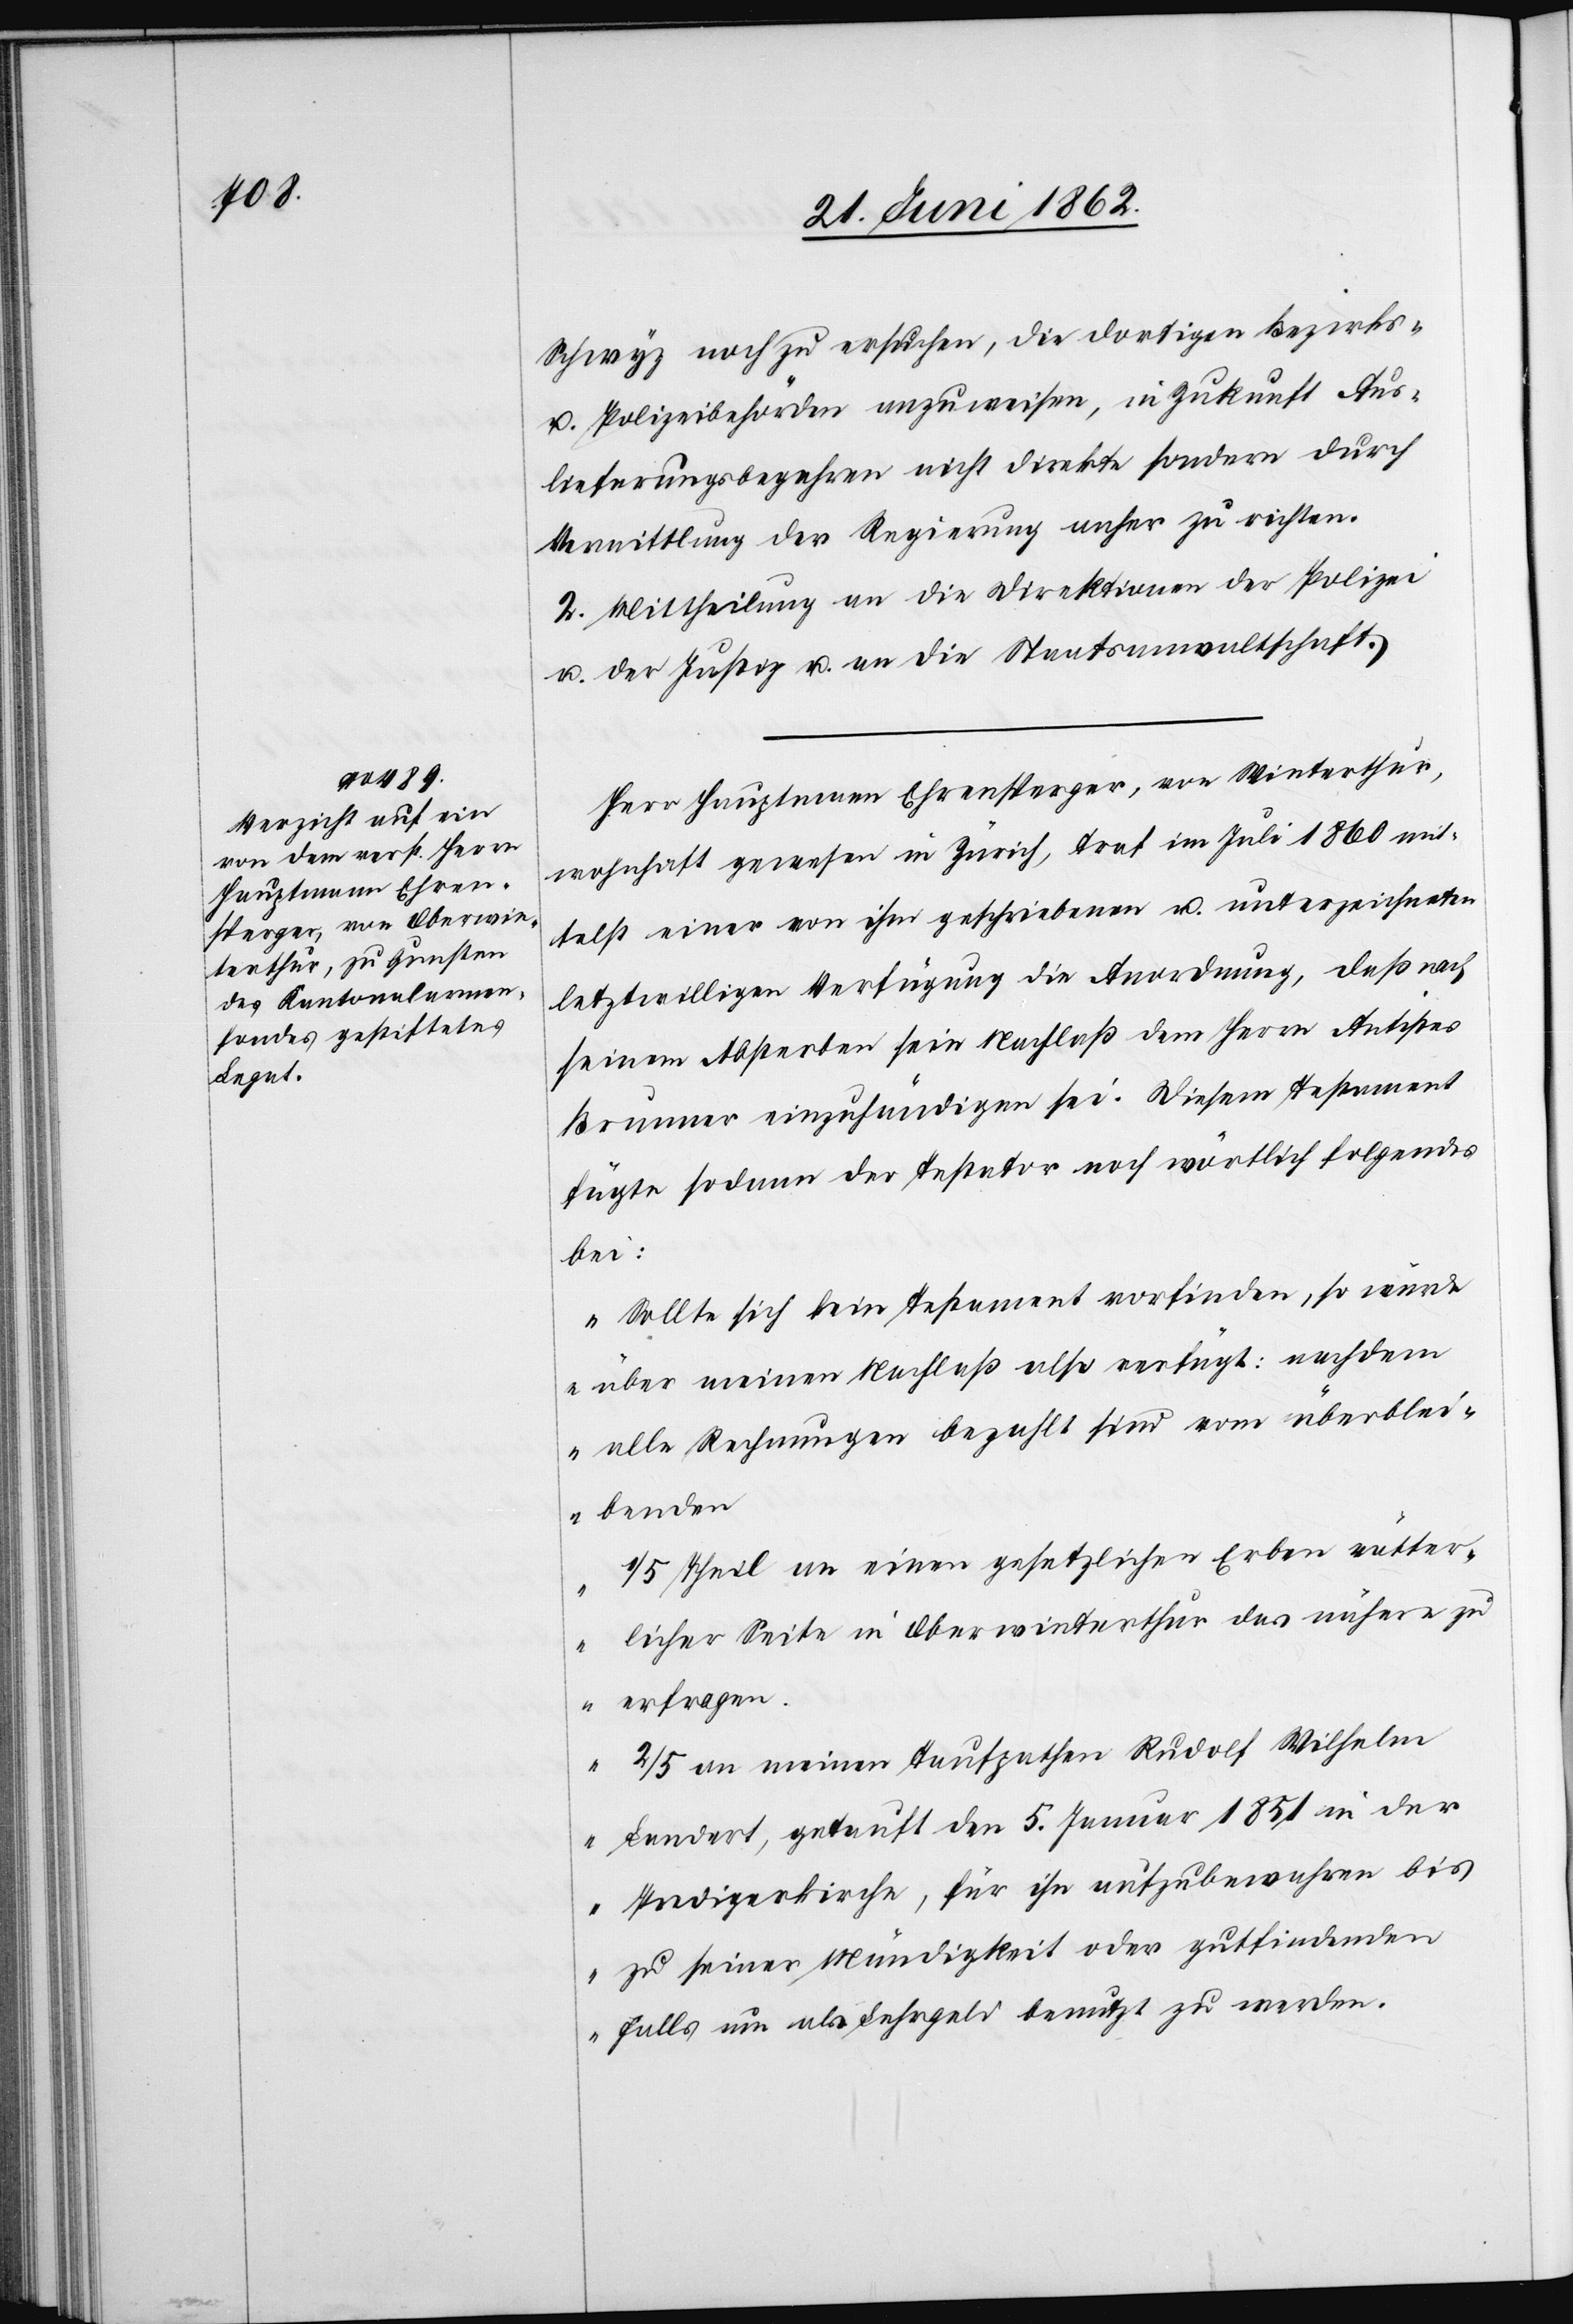
Schwyz noch zu ersuchen, die dortigen Bezirks-
u. Polizeibehörden anzuweisen, in Zukunft Aus¬
lieferungsbegehren nicht direkte sondern durch
Vermittlung der Regierung anher zu richten.
2. Mittheilung an die Direktionen der Polizei
u. der Justiz u. an die Staatsanwaltschaft.
Herr Hauptmann Ehrensperger, von Winterthur,
wohnhaft gewesen in Zürich, traf im Juli 1860 mit¬
telst einer von ihm geschriebenen u. unterzeichneten
letztwilligen Verfügung die Anordnung, daß nach
seinem Absterben sein Nachlaß dem Herrn Antistes
Brunner einzuhändigen sei. Diesem Testament
fügte sodann der Inspektor noch wörtlich folgendes
bei:
„Sollte sich kein Testament vorfinden, so würde
über meinen Nachlaß also verfügt: nachdem
alle Rechnungen bezahlt sind vom überblei¬
benden
1/5 Theil an einen gesetzlichen Erben vätter¬
licher Seite in Oberwinterthur das nähere zu
erfragen.
2/5 an meinen Taufpathen Rudolf Wilhelm
Landert, getauft den 5. Januar 1851 in der
Predigerkirche, für ihn aufzubewahren bis
zu seiner Mündigkeit oder gutfindenden
Falls um als Fahrgeld benutzt zu werden.